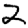
Digit: 2